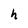
Character: h